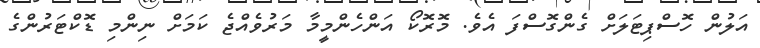
އަލުން ހޮސްޕިޓަލަށް ގެންގޮސްފަ އެވެ. މޮރޮކޯ އަންހެންމީމާ މަރުވެއްޖެ ކަމަށް ނިންމި ޑޮކްޓަރުންގެ